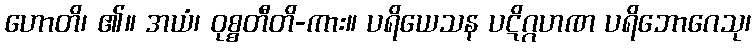
ဟောတိ၊ ၏။ အယံ၊ ဝုစ္စတီတိ-ကား။ ပရိယေသန ပဋိဂ္ဂဟဏ ပရိဘောဂေသု၊